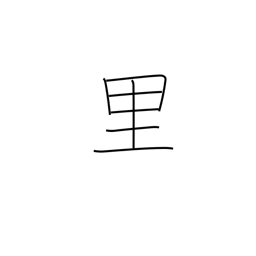
Meaning: league